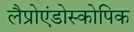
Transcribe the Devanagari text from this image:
लैप्रोएंडोस्कोपिक